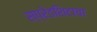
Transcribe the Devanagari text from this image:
स्प्रेडशिटाचा